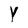
Character: Y